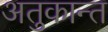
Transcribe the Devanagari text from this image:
अतुकान्त